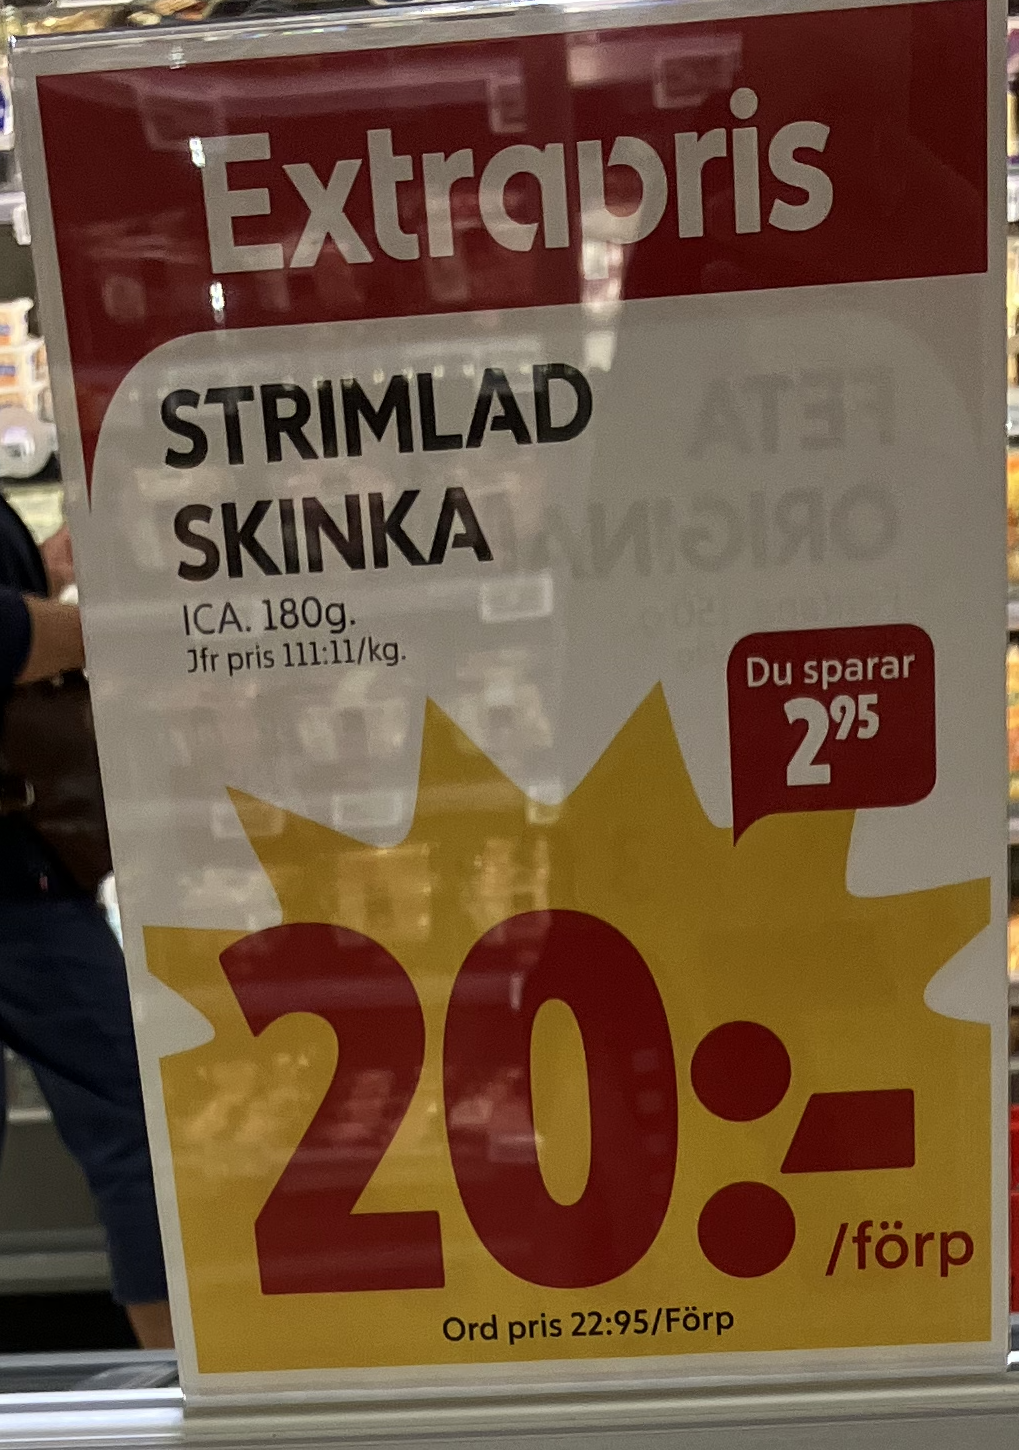
Vara: Strimlad Skinka
Genomsnittspris: 111.11 per kg